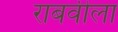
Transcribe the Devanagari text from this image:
राबवीला